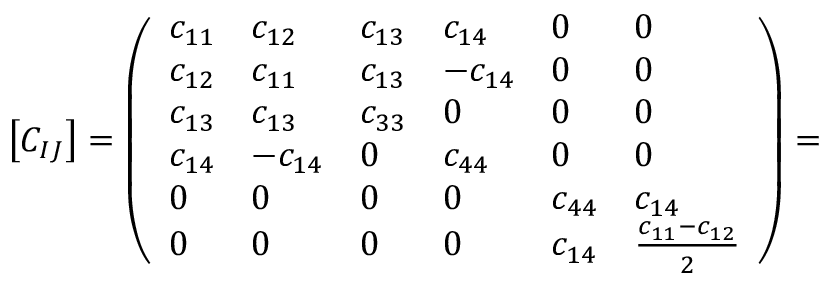
\left[ C _ { I J } \right] = \left( \begin{array} { l l l l l l } { c _ { 1 1 } } & { c _ { 1 2 } } & { c _ { 1 3 } } & { c _ { 1 4 } } & { 0 } & { 0 } \\ { c _ { 1 2 } } & { c _ { 1 1 } } & { c _ { 1 3 } } & { - c _ { 1 4 } } & { 0 } & { 0 } \\ { c _ { 1 3 } } & { c _ { 1 3 } } & { c _ { 3 3 } } & { 0 } & { 0 } & { 0 } \\ { c _ { 1 4 } } & { - c _ { 1 4 } } & { 0 } & { c _ { 4 4 } } & { 0 } & { 0 } \\ { 0 } & { 0 } & { 0 } & { 0 } & { c _ { 4 4 } } & { c _ { 1 4 } } \\ { 0 } & { 0 } & { 0 } & { 0 } & { c _ { 1 4 } } & { \frac { c _ { 1 1 } - c _ { 1 2 } } { 2 } } \end{array} \right) =